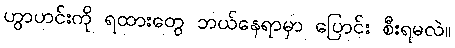
ဟွာဟင်းကို ရထားတွေ ဘယ်နေရာမှာ ပြောင်း စီးရမလဲ။